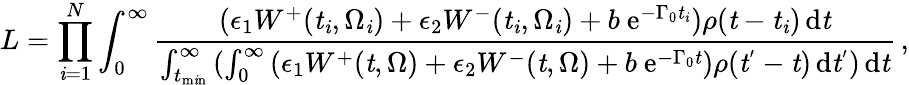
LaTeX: L=\prod_{\mathit{i}=1}^{N}{\int_{0}^{\infty}\frac{{{(\epsilon_{1}W^{+}(\mathit{{t_{\mathit{i}}}},\Omega_{\mathit{i}})+\epsilon_{2}W^{-}(\mathit{{t_{\mathit{i}}}},\Omega_{\mathit{i}})+b\ \mathrm{{e}}^{-\Gamma_{0}\mathit{{t_{\mathit{i}}}}})\rho(\mathit{{t}}-\mathit{{t_{\mathit{i}}}})}\, \mathrm{{d}}\mathit{{t}}}}{{\int_{t_{\mathrm{{m\mathit{i}n}}}}^{\infty}{(\int_{0}^{\infty}{(\epsilon_{1}W^{+}(\mathit{{t}},\Omega)+\epsilon_{2}W^{-}(\mathit{{t}},\Omega)+b\ \mathrm{{e}}^{-\Gamma_{0}\mathit{{t}}})\rho(\mathit{{t}}^{'}-\mathit{{t}})}\, \mathrm{{d}}\mathit{{t}}^{'})}\, \mathrm{{d}}\mathit{{t}}}}}\, ,